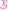
Text: 5